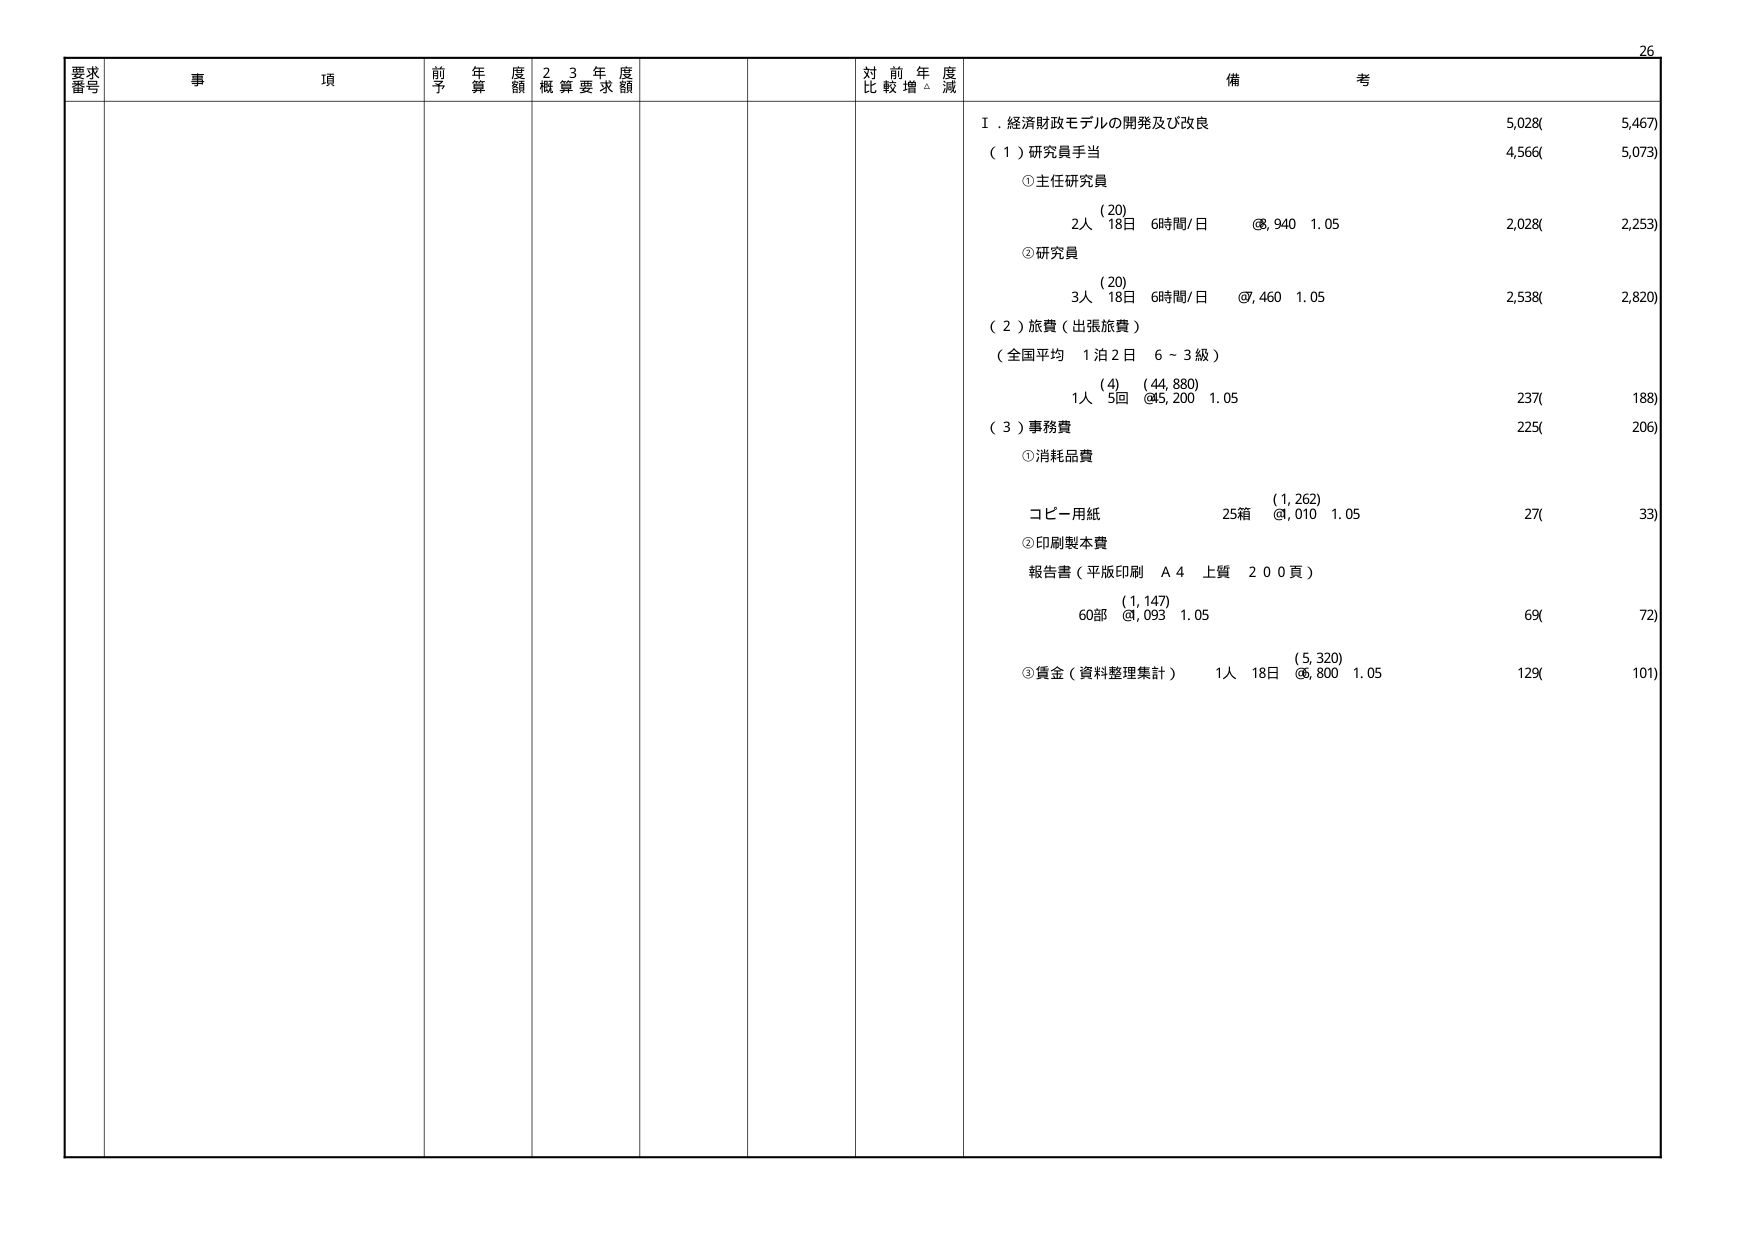
要求番号
事項
前年度予算額
23年度概算要求額
対前年度比較増減
備考
Ⅰ．経済財政モデルの開発及び改良
5,028(5,467)
（１）研究員手当
4,566(5,073)
①主任研究員
(20)
2人 18日 6時間/日 @8,940 1.05
2,028(2,253)
②研究員
(20)
3人 18日 6時間/日 @7,460 1.05
2,538(2,820)
（２）旅費（出張旅費）
（全国平均 1泊2日 6～3級）
(4) (44,880)
1人 5回 @5,200 1.05
237(188)
（３）事務費
225(206)
①消耗品費
(1,262)
コピー用紙 25箱 @1,010 1.05
27(33)
②印刷製本費
報告書（平版印刷 A4 上質 200頁）
(1,147)
60部 @1,093 1.05
69(72)
③賃金（資料整理集計） 1人 18日 @6,800 1.05
129(101)
26